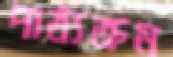
পাঠ্যক্রম